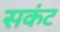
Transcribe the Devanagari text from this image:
सकंट